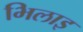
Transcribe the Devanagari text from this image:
भिलाइ